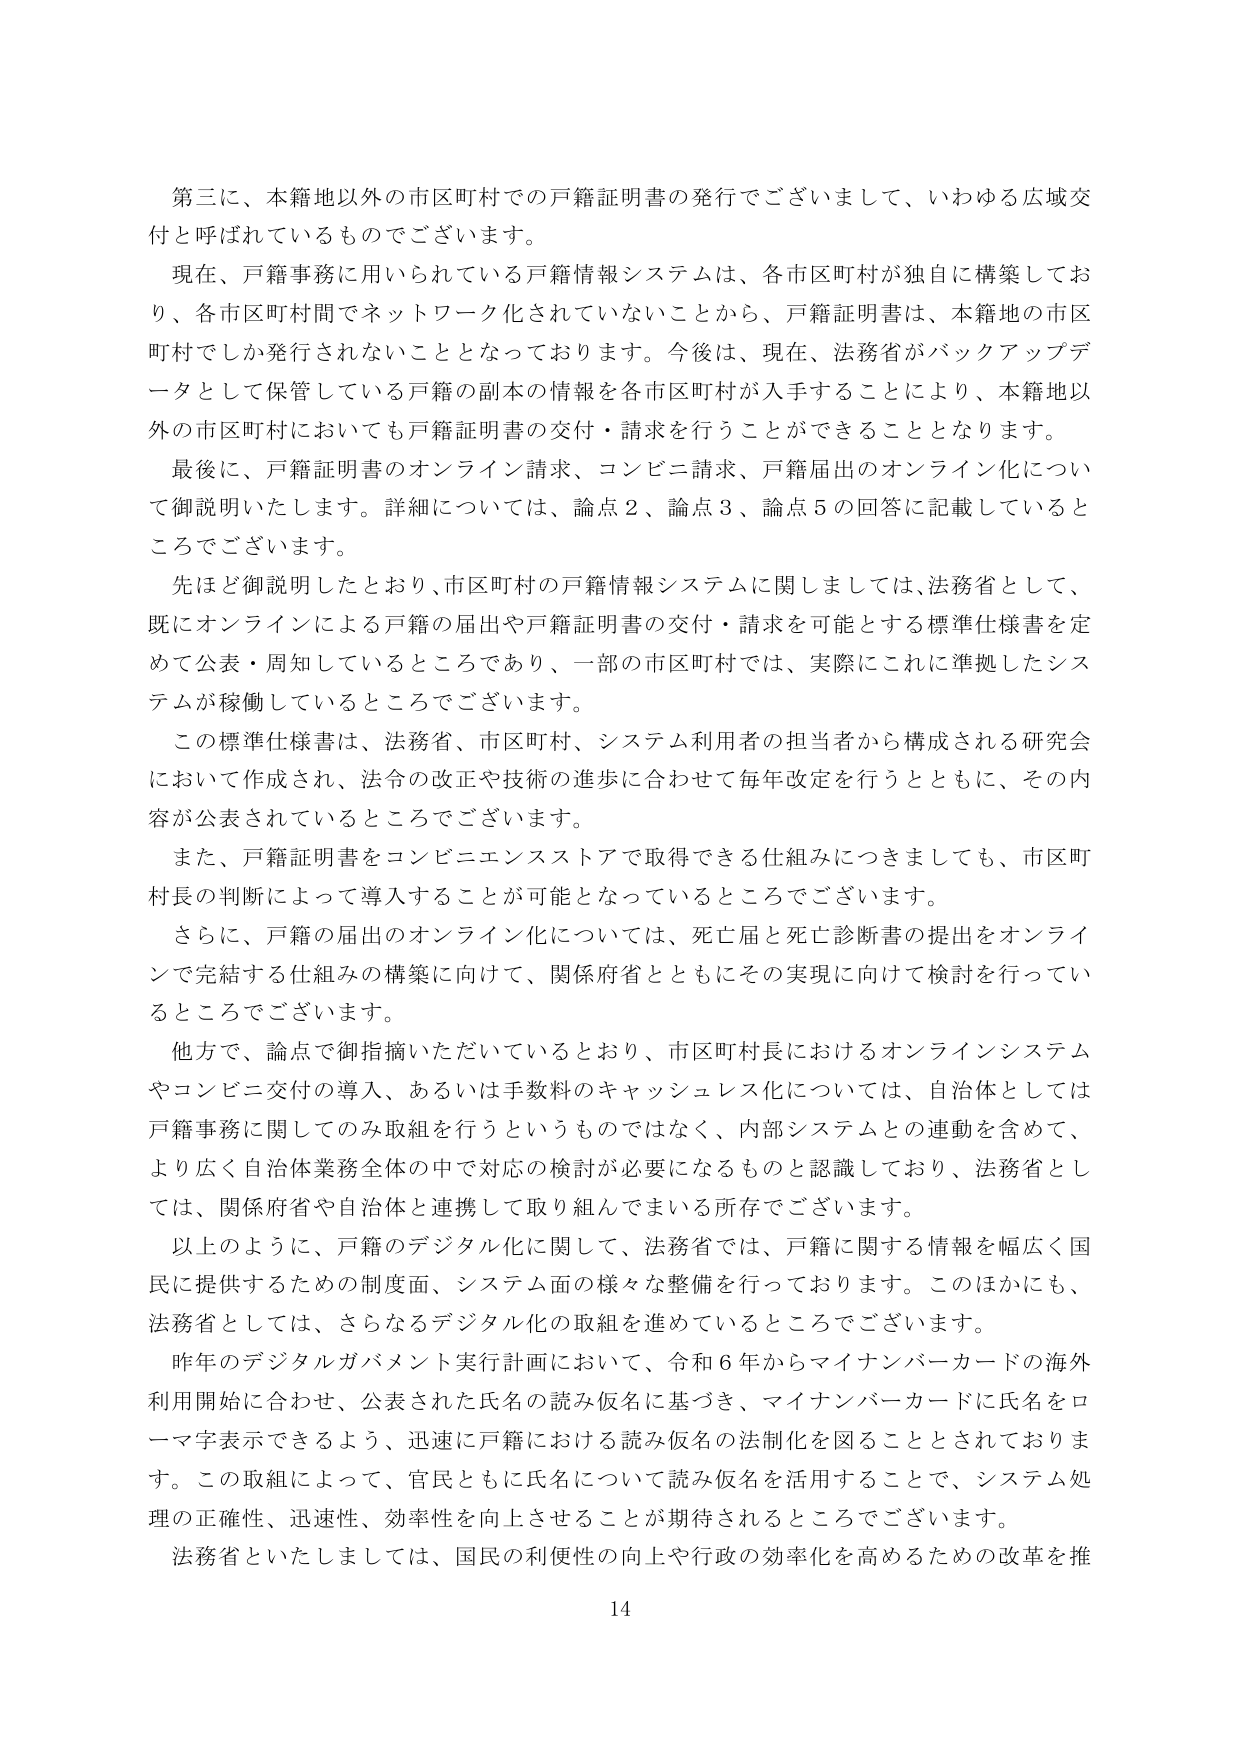
第三に、本籍地以外の市区町村での戸籍証明書の発行でございまして、いわゆる広域交付と呼ばれているものでございます。

現在、戸籍事務に用いられている戸籍情報システムは、各市区町村が独自に構築しており、各市区町村間でネットワーク化されていないことから、戸籍証明書は、本籍地の市区町村でしか発行されないこととなっております。今後は、現在、法務省がバックアップデータとして保管している戸籍の副本の情報を各市区町村が入手することにより、本籍地以外の市区町村においても戸籍証明書の交付・請求を行うことができるようになります。

最後に、戸籍証明書のオンライン請求、コンビニ請求、戸籍届出のオンライン化について御説明いたします。詳細については、論点2、論点3、論点5の回答に記載しているところでございます。

先ほど御説明したとおり、市区町村の戸籍情報システムに関しましては、法務省として、既にオンラインによる戸籍の届出や戸籍証明書の交付・請求を可能とする標準仕様書を定めて公表・周知しているところであり、一部の市区町村では、実際にこれに準拠したシステムが稼働しているところでございます。

この標準仕様書は、法務省、市区町村、システム利用者の担当者から構成される研究会において作成され、法令の改正や技術の進歩に合わせて毎年改定を行うとともに、その内容が公表されているところでございます。

また、戸籍証明書をコンビニエンスストアで取得できる仕組みにつきましても、市区町村長の判断によって導入することが可能となっているところでございます。

さらに、戸籍の届出のオンライン化については、死亡届と死亡診断書の提出をオンラインで完結する仕組みの構築に向けて、関係府省とともにその実現に向けて検討を行っているところでございます。

他方で、論点で御指摘いただいているとおり、市区町村長におけるオンラインシステムやコンビニ交付の導入、あるいは手数料のキャッシュレス化については、自治体としては戸籍事務に関してのみ取組を行うというものではなく、内部システムとの連動を含めて、より広く自治体業務全体の中で対応の検討が必要になるものと認識しており、法務省としては、関係府省や自治体と連携して取り組んでまいる所存でございます。

以上のように、戸籍のデジタル化に関して、法務省では、戸籍に関する情報を幅広く国民に提供するための制度面、システム面の様々な整備を行っております。このほかにも、法務省としては、さらなるデジタル化の取組を進めているところでございます。

昨年のデジタルガバメント実行計画において、令和6年からマイナンバーカードの海外利用開始に合わせ、公表された氏名の読み仮名に基づき、マイナンバーカードに氏名をローマ字表示できるよう、迅速に戸籍における読み仮名の法制化を図ることとされております。この取組によって、官民ともに氏名について読み仮名を活用することで、システム処理の正確性、迅速性、効率性を向上させることが期待されるところでございます。

法務省といたしましては、国民の利便性の向上や行政の効率化を高めるための改革を推

14